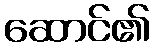
ဆောင်၏